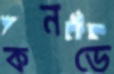
কনডে